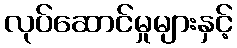
လုပ်ဆောင်မှုများနှင့်